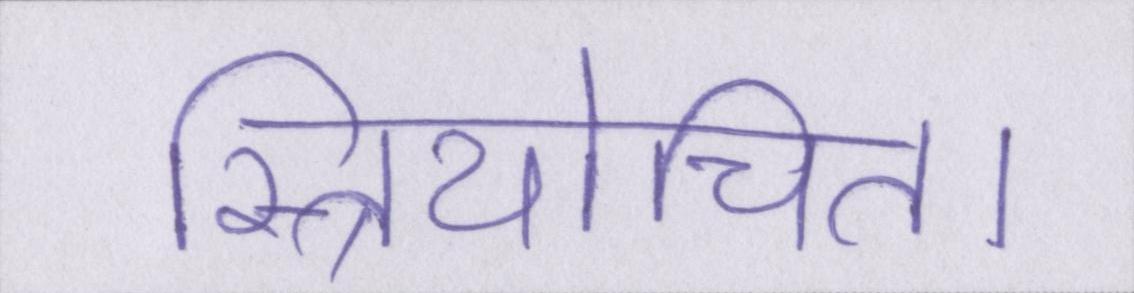
स्त्रियोचित।